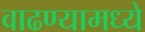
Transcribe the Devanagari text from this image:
वाढण्यामध्ये